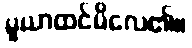
မူယာထင်မိလေ၏။